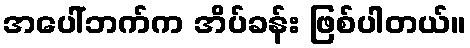
အပေါ်ဘက်က အိပ်ခန်း ဖြစ်ပါတယ်။